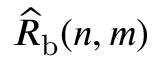
\widehat { R } _ { \mathrm { b } } ( n , m )